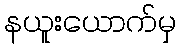
နယူးယောက်မှ